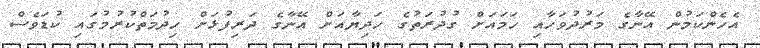
އެހެންކަމުން އޭނާގެ މަރުދުވަހާއި ހަމައަށް ގުދުރަތުގެ ހަދިޔާއަށް އޭނާގެ ދަރިފުޅަށް ހިދުމަތްކުރުމުގައި ކުޑަވެސް